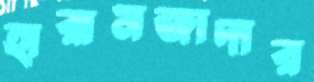
হারামজাদার